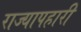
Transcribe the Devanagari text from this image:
राज्यापहारी